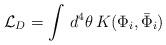
LaTeX: \begin{align*}{\cal L}_{D}=\int\,d^{4}\theta\, K(\Phi_{i},\bar{\Phi}_{i})\end{align*}